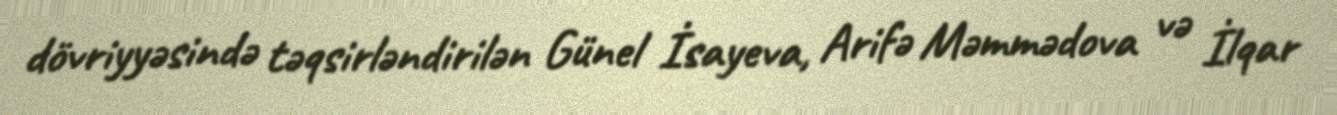
dövriyyəsində təqsirləndirilən Günel İsayeva, Arifə Məmmədova və İlqar